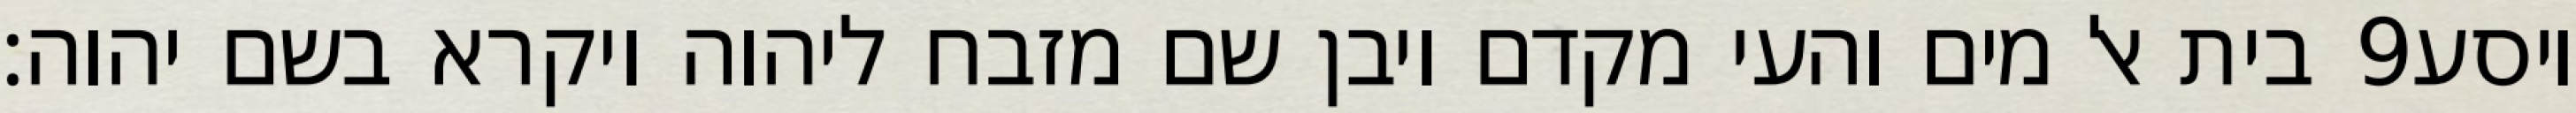
בית אל מים והעי מקדם ויבן שם מזבח ליהוה ויקרא בשם יהוה׃ ‎9‏ ויסע